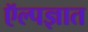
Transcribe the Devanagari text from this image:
ऍल्पज्ञात